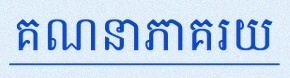
គណនាភាគរយ